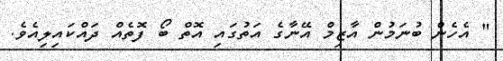
" އެހެން ބުނަމުން އާޒިމް އޭނާގެ އަތުގައި އޮތް ބޯ ފޮތެއް ދައްކައިލިއެވެ.